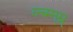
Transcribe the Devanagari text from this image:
व्न्ब्म्म्म्न्